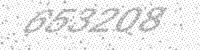
Solution: 653208